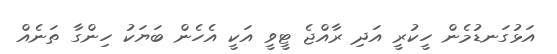
އަޅުގަނޑުމެން ހީކުރީ އަދި ރާއްޖެ ޓީވީ އަކީ އެހެން ބަޔަކު ހިންގާ ތަނެއް